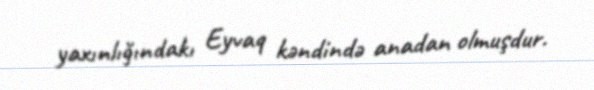
yaxınlığındakı Eyvaq kəndində anadan olmuşdur.